Vaccine operations Central Provinces & Berar 1922-1929 - 1922-1929
Year: 1922
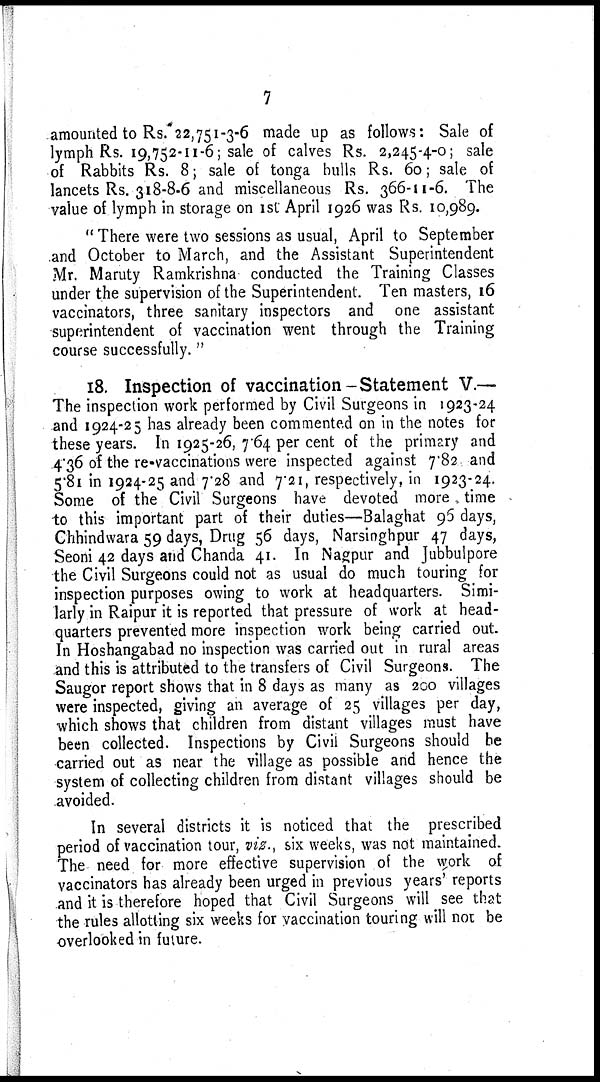
7
amounted to Rs. 22,751-3-6 made up as follows: Sale of
lymph Rs. 19,752-11-6; sale of calves Rs. 2,245-4-0; sale
of Rabbits Rs. 8; sale of tonga bulls Rs. 60; sale of
lancets Rs. 318-8-6 and miscellaneous Rs. 366-11-6. The
value of lymph in storage on 1st April 1926 was Rs. 10,989.
" There were two sessions as usual, April to September
and October to March, and the Assistant Superintendent
Mr. Maruty Ramkrishna conducted the Training Classes
under the supervision of the Superintendent. Ten masters, 16
vaccinators, three sanitary inspectors and one assistant
superintendent of vaccination went through the Training
course successfully."
18. Inspection of vaccination-Statement V.—
The inspection work performed by Civil Surgeons in 1923-24
and 1924-25 has already been commented on in the notes for
these years. In 1925-26, 7.64 per cent of the primary and
4.36 of the re-vaccinations were inspected against 7.82 and
5.81 in 1924-25 and 7.28 and 7.21, respectively, in 1923-24.
Some of the Civil Surgeons have devoted more time
to this important part of their duties—Balaghat 96 days,
Chhindwara 59 days, Drug 56 days, Narsinghpur 47 days,
Seoni 42 days and Chanda 41. In Nagpur and Jubbulpore
the Civil Surgeons could not as usual do much touring for
inspection purposes owing to work at headquarters. Simi-
larly in Raipur it is reported that pressure of work at head-
quarters prevented more inspection work being carried out.
In Hoshangabad no inspection was carried out in rural areas
and this is attributed to the transfers of Civil Surgeons. The
Saugor report shows that in 8 days as many as 200 villages
were inspected, giving an average of 25 villages per day,
which shows that children from distant villages must have
been collected. Inspections by Civil Surgeons should be
carried out as near the village as possible and hence the
system of collecting children from distant villages should be
avoided.
In several districts it is noticed that the prescribed
period of vaccination tour, viz., six weeks, was not maintained.
The need for more effective supervision of the work of
vaccinators has already been urged in previous years' reports
and it is therefore hoped that Civil Surgeons will see that
the rules allotting six weeks for vaccination touring will not be
overlooked in future.